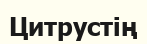
Цитрустің